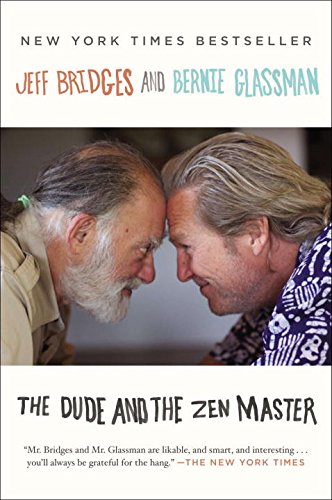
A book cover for The Dude and the Zen Master; Jeff Bridges; Religion & Spirituality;